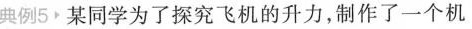
典例5 某同学为了探究飞机的升力,制作了一个机